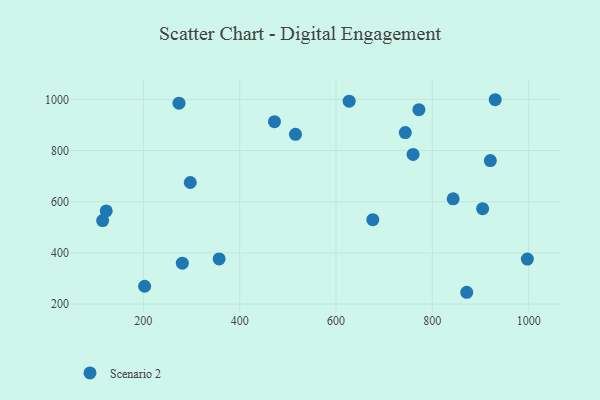
{"axis": {"x": "Investment", "y": "Fuel Efficiency"}, "legend": ["Scenario 2"], "data": [{"x": "357.3", "y": 376.3, "type": "Scenario 2"}, {"x": "930.5", "y": 998.5, "type": "Scenario 2"}, {"x": "274.0", "y": 985.1, "type": "Scenario 2"}, {"x": "122.9", "y": 563.8, "type": "Scenario 2"}, {"x": "472.2", "y": 912.6, "type": "Scenario 2"}, {"x": "627.3", "y": 992.7, "type": "Scenario 2"}, {"x": "676.4", "y": 529.9, "type": "Scenario 2"}, {"x": "904.4", "y": 572.6, "type": "Scenario 2"}, {"x": "871.4", "y": 246.1, "type": "Scenario 2"}, {"x": "297.4", "y": 675.1, "type": "Scenario 2"}, {"x": "760.0", "y": 784.9, "type": "Scenario 2"}, {"x": "515.8", "y": 863.3, "type": "Scenario 2"}, {"x": "743.8", "y": 870.1, "type": "Scenario 2"}, {"x": "772.1", "y": 959.8, "type": "Scenario 2"}, {"x": "115.4", "y": 526.1, "type": "Scenario 2"}, {"x": "997.3", "y": 375.9, "type": "Scenario 2"}, {"x": "843.2", "y": 611.4, "type": "Scenario 2"}, {"x": "202.6", "y": 269.6, "type": "Scenario 2"}, {"x": "920.4", "y": 760.8, "type": "Scenario 2"}, {"x": "280.9", "y": 359.8, "type": "Scenario 2"}]}